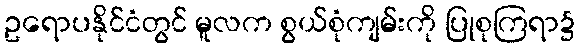
ဥရောပနိုင်ငံတွင် မူလက စွယ်စုံကျမ်းကို ပြုစုကြရာ၌